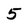
Character: 5